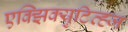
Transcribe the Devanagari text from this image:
एक्झिक्युटिव्ह्ज